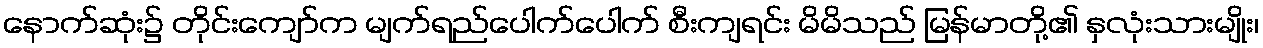
နောက်ဆုံး၌ တိုင်းကျော်က မျက်ရည်ပေါက်ပေါက် စီးကျရင်း မိမိသည် မြန်မာတို့၏ နှလုံးသားမျိုး၊